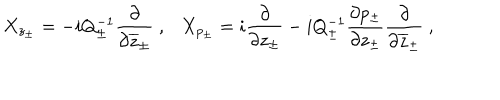
LaTeX: X _ { z _ { \pm } } = - i Q _ { \pm } ^ { - 1 } \displaystyle \displaystyle \frac { \partial } { \partial \overline { { { z } } } _ { \pm } } ~ , X _ { p _ { \pm } } = i \displaystyle \displaystyle \frac { \partial } { \partial z _ { \pm } } - i Q _ { \pm } ^ { - 1 } \displaystyle \frac { \partial p _ { \pm } } { \partial z _ { \pm } } \displaystyle \displaystyle \frac { \partial } { \partial \overline { { { z } } } _ { \pm } } ~ ,